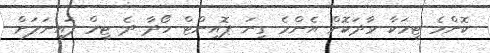
ކޮންމެ ޓީމަކާ ވާދަކޮށް އެންމެ ގިނަ ޕޮއިންޓް ހޯދާ ދެ ޓީމް ފައިނަލަށް